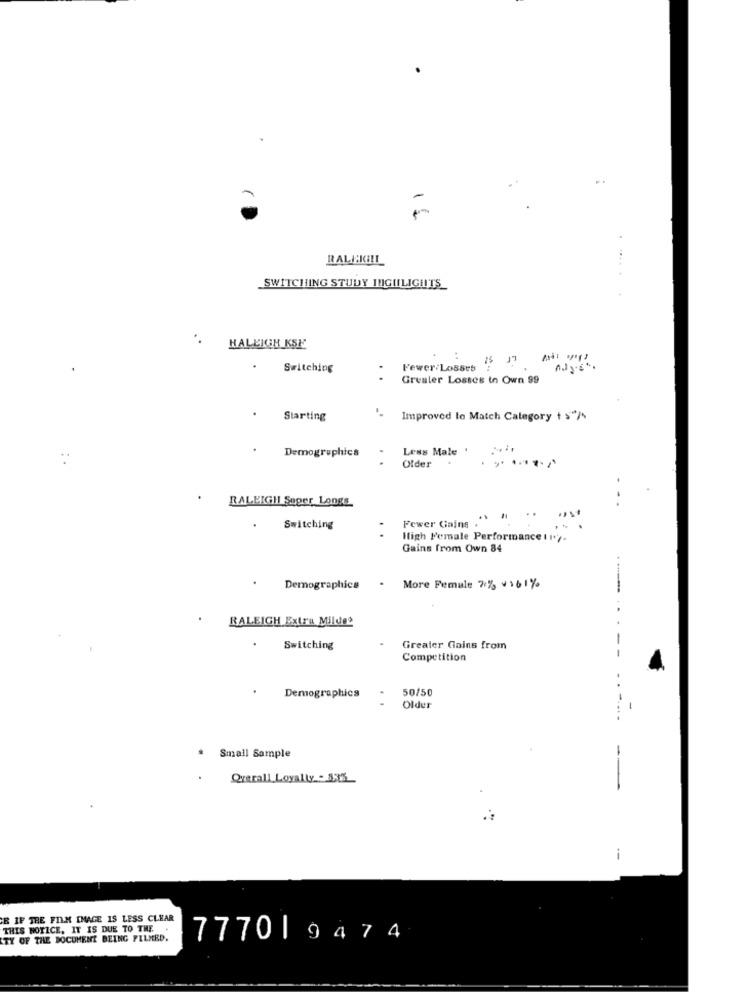
RALEIGHIL
SWITCHING STUDY IHIGHLIGHTS_
HALEIGH KSH
.
Switching
Fewer:Losses
Greater Losses in Own 99
Starting
Improved to Match Category + 5"/4
Less Male '
Demographics
Older
RALEIGH Sager Longs
Switching
Fewer Gains
High Female Performance 1 1*/.
Gains from Own 84
Demographics
- More Female 7% v161%
RALEIGH Extra Mildes
-
Switching
Greater Gains from
Competition
.
50/50
Demographics
Older
-. -
Small Sample
--
Overall,Loyalty - BIS
i
AR IF THE FILM IMAGE IS LESS CLEAR
THIS NOTICE, IT IS DUE TO THE
TY OF THE DOCUMENT BEING FILMED.
777019474